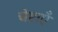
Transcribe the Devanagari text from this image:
चेष्टाएॅं